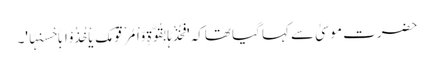
حضرت موسیٰ سے کہا گیا تھاکہ 'فَخُذْہَا بِقُوَّۃٍ وَّاْمُرْ قَوْمَکَ یَاْخُذُوْا بِاَحْسَنِہَا'۔